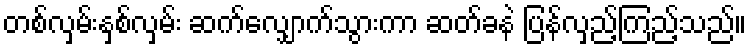
တစ်လှမ်းနှစ်လှမ်း ဆက်လျှောက်သွားကာ ဆတ်ခနဲ ပြန်လှည့်ကြည့်သည်။